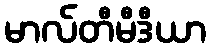
မာလ်တီမီဒီယာ